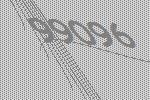
99096